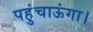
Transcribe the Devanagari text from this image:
पहुंचाऊंगा।